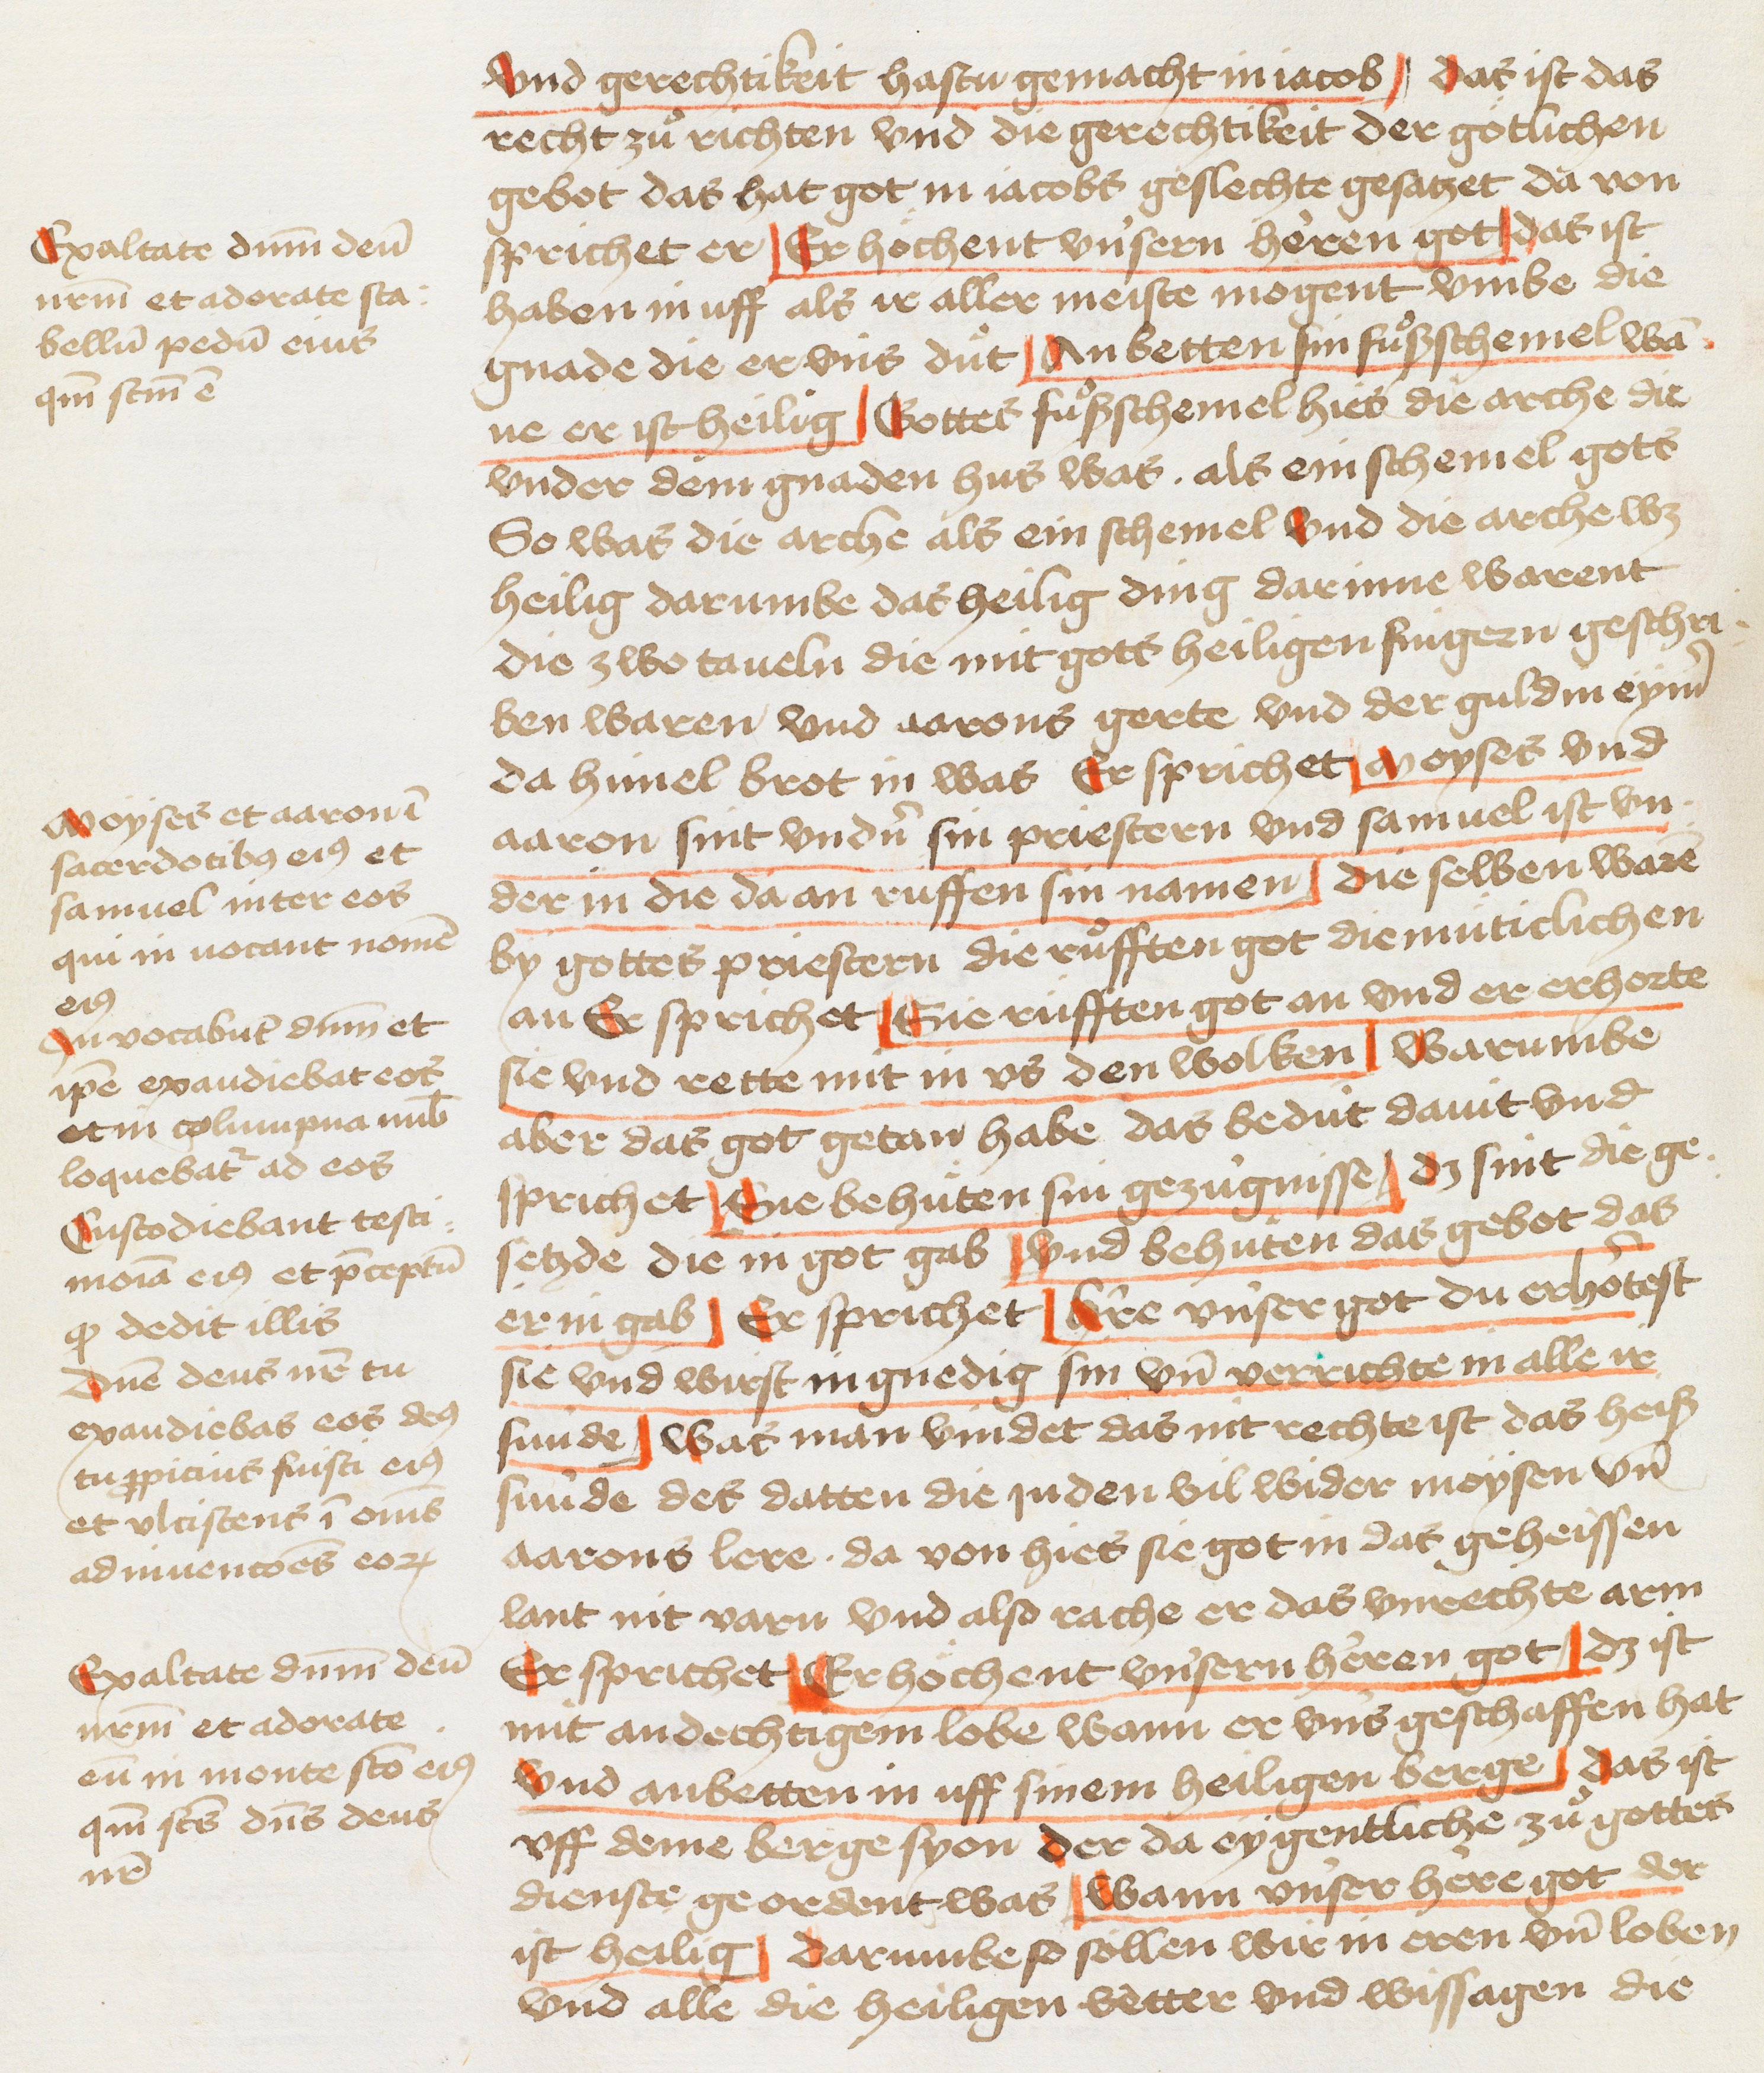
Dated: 1445–1475